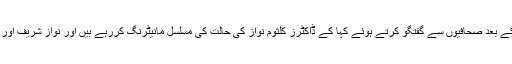
شہباز شریف نے کلثوم نواز کی عیادت کے بعد صحافیوں سے گفتگو کرتے ہوئے کہا کے ڈاکٹرز کلثوم نواز کی حالت کی مسلسل مانیٹرنگ کررہے ہیں اور نواز شریف اور مریم نواز کو ابھی لندن میں رکنا چاہیے۔